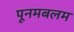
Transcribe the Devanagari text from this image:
पूनमबलम